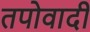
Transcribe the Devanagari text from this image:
तपोवादी